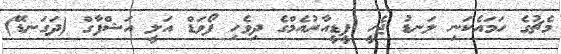
މެޗުގެ ހަމައެކަނި ލަނޑު ޖެހީ ޕީޑީއާރުއެމްގެ ދިވެހި ފޯވަޑް އަލީ އަޝްފާގް (ދަގަނޑޭ)